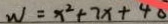
W = x ^ { 2 } + 7 x + 4 0